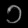
Digit: ၁